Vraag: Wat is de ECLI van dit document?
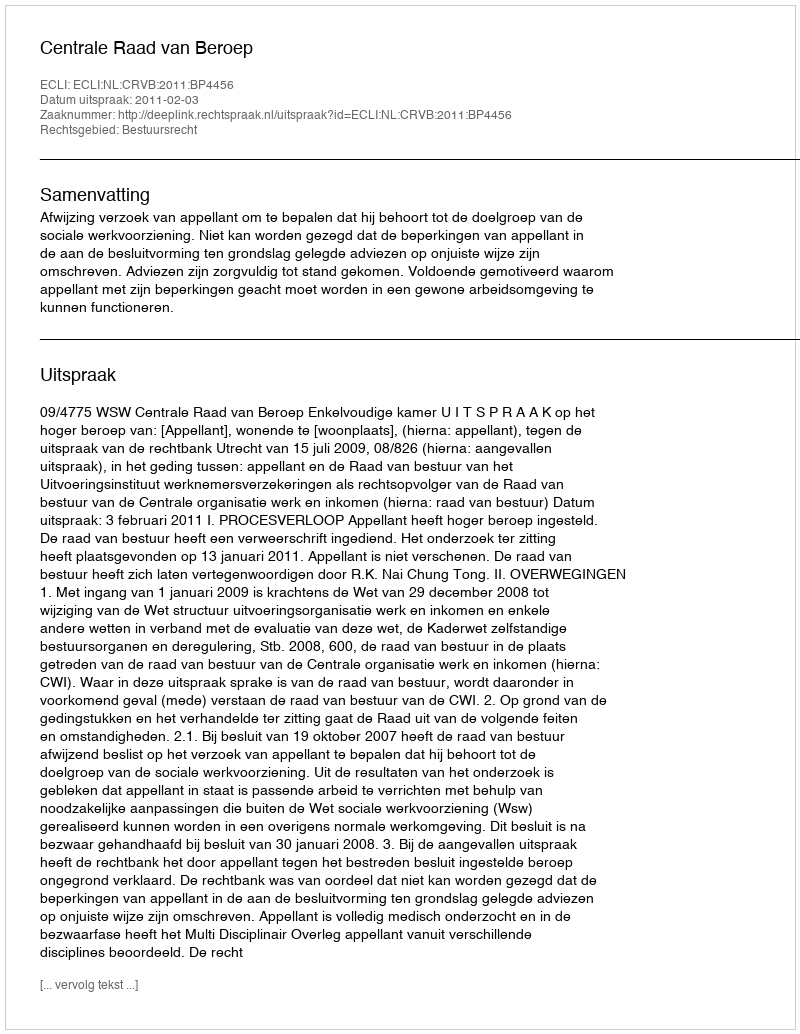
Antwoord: ECLI:NL:CRVB:2011:BP4456